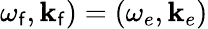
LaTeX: \omega_{\mathsf{f}},\mathbf{{k}}_{\mathsf{f}})=(\omega_{e},\mathbf{{k}}_{e})